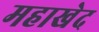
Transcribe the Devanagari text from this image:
महाखेद